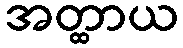
အတ္ထာယ